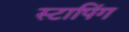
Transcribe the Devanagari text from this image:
स्टापिंग